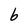
Character: b